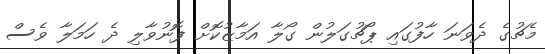
މެޗުގެ ދެވަނަ ހާފުގައި ޕޯޗުގަލުން ގޯލާ އަމާޒުކޮށް ފޮނުވާލި ދެ ހަމަލާ ވެސް